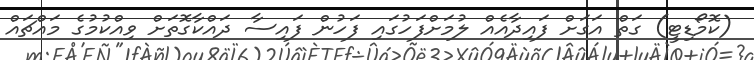
(ކޮމޯޑިޓީ) ގަތް އަގަށް ފައިދާއެއް ލުމަށްފަހުގައި ފަހުން ފައިސާ ދައްކާގޮތަށް ވިއްކުމުގެ މައްޗައް